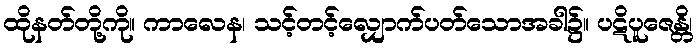
ထိုနတ်တို့ကို။ ကာလေန၊ သင့်တင့်လျှောက်ပတ်သောအခါ၌။ ပဋိပူဇေန္တိ၊